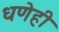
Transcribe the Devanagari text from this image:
धणेही